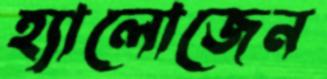
হ্যালোজেন